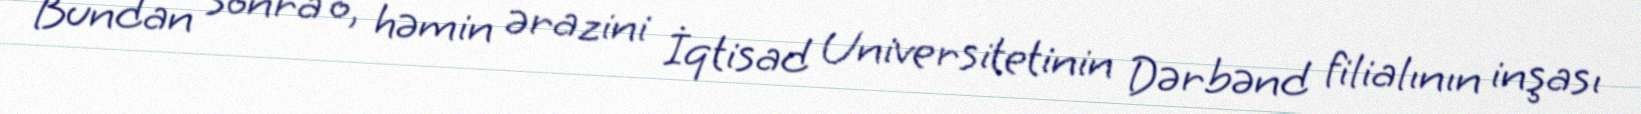
Bundan sonra o, həmin ərazini İqtisad Universitetinin Dərbənd filialının inşası